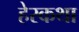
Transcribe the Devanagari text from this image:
हेरकथा